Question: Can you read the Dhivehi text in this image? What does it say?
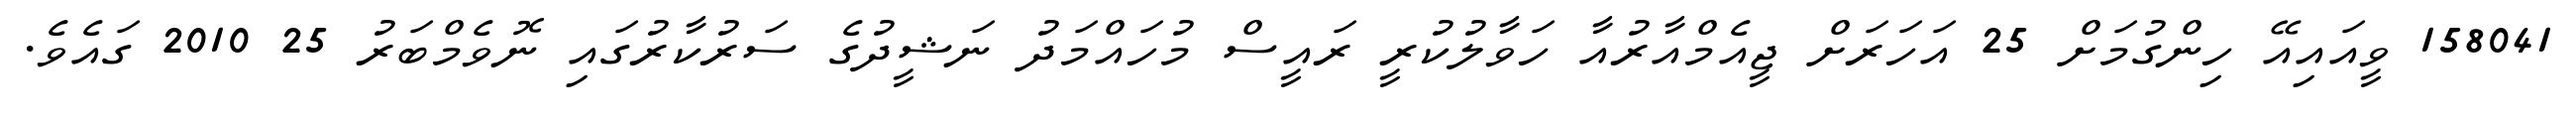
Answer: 158041 ވީއައިއޭ ހިންގުމަށް 25 އަހަރަށް ޖީއެމްއާރުއާ ހަވާލުކުރީ ރައީސް މުހައްމަދު ނަޝީދުގެ ސަރުކާރުގައި ނޮވެމްބަރު 25 2010 ގައެވެ.